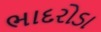
ભાદરોડા